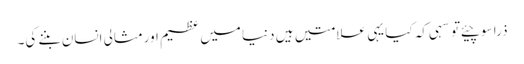
ذرا سوچیئے تو سہی کہ کیا یہی علامتیں ہیں دنیا میں عظیم اورمثالی انسان بننے کی۔